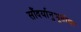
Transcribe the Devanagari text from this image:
सौंदर्यानुभूतीचा